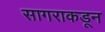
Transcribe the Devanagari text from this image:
सागराकडून